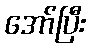
အော်ပြီး